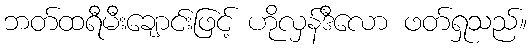
ဘတ်ထရီမီးချောင်းဖြင့် ဟိုလှန်ဒီလော ဖတ်ရှုသည်။